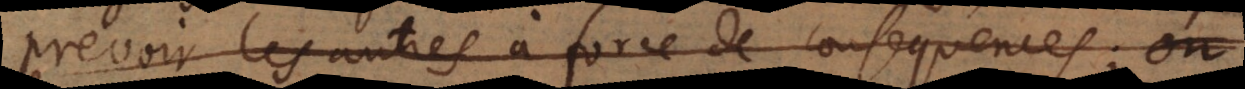
prevoir les autres à force de consequences; on